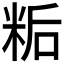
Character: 𬖙